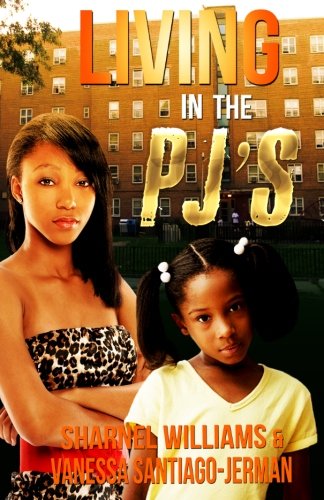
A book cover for Living In The PJ'S; Sharnel Williams; Parenting & Relationships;